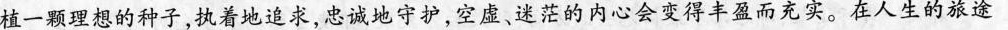
植一颗理想的种子，执着地追求，忠诚地守护，空虚、迷茫的内心会变得丰盈而充实。在人生的旅途